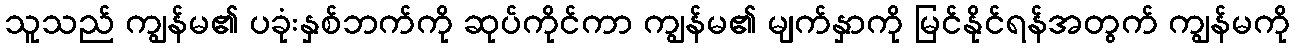
သူသည် ကျွန်မ၏ ပခုံးနှစ်ဘက်ကို ဆုပ်ကိုင်ကာ ကျွန်မ၏ မျက်နှာကို မြင်နိုင်ရန်အတွက် ကျွန်မကို